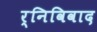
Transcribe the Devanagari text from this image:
र्निविवाद